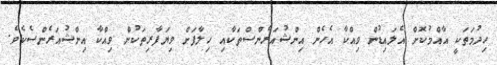
ހިދުމަތަކީ އާއްމުކޮށް އެލައިޑުން ވިއްކާ އެހެން އިންޝުއަރެންސްތަކާއި ހިލާފަށް ވިޔަފާރިތަކުން ވިއްކާ އިންޝުއަރެންސެކެވެ.